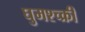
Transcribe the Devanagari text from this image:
घुमश्च्क्री